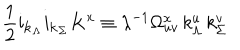
\frac { 1 } { 2 } { \bf i } _ { \bf k _ { \Lambda } } { \bf i } _ { \bf k _ { \Sigma } } K ^ { x } \equiv \lambda ^ { - 1 } \Omega _ { u v } ^ { x } \, k _ { \Lambda } ^ { u } \, k _ { \Sigma } ^ { v }